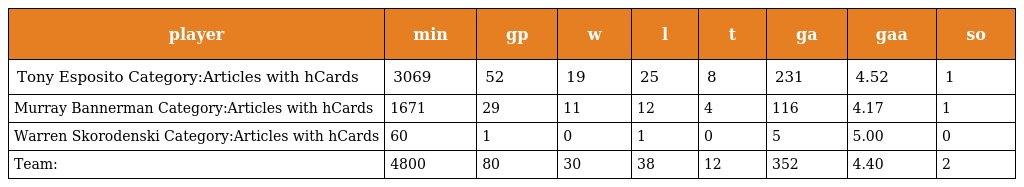
| player | min | gp | w | l | t | ga | gaa | so |
 | --- | --- | --- | --- | --- | --- | --- | --- | --- |
 | Tony Esposito Category:Articles with hCards | 3069 | 52 | 19 | 25 | 8 | 231 | 4.52 | 1 |
 | Murray Bannerman Category:Articles with hCards | 1671 | 29 | 11 | 12 | 4 | 116 | 4.17 | 1 |
 | Warren Skorodenski Category:Articles with hCards | 60 | 1 | 0 | 1 | 0 | 5 | 5.00 | 0 |
 | Team: | 4800 | 80 | 30 | 38 | 12 | 352 | 4.40 | 2 |